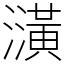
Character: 㶂